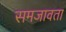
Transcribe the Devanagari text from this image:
समजावता